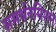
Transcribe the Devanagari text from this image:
समर्थनमिशन